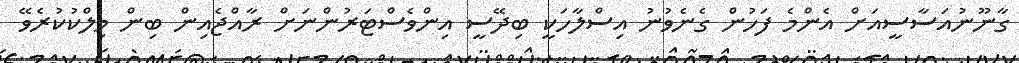
ގާނޫނުއަސާސީއަށް އެންމެ ފަހުން ގެނެވުނު އިސްލާހަކީ ބިދޭސީ އިންވެސްޓަރުންނަށް ރާއްޖެއިން ބިން މިލްކުކުރެވޭ